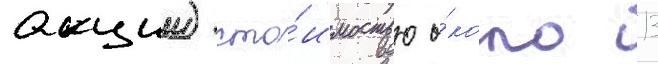
акции) сто́имостью о́коло 13